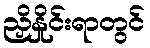
ညှိနှိုင်းရာတွင်